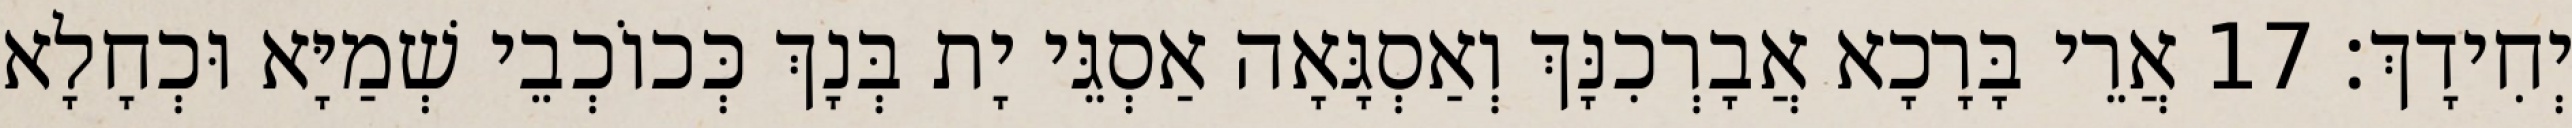
יְחִידָךְ׃ 17 אֲרֵי בָּרָכָא אֲבָרְכִנָּךְ וְאַסְגָּאָה אַסְגֵּי יָת בְּנָךְ כְּכוֹכְבֵי שְׁמַיָּא וּכְחָלָא